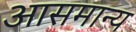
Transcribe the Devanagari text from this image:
आसमान्य